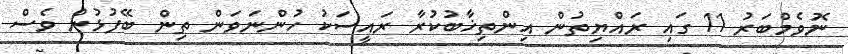
ނޮވެމްބަރު 11 ގައި ރައްޔިތުން އިންތިޚާބުކުރާ ރައީސަކު ހުންނަވަން ތިން ބޭފުޅުން ވެސް